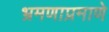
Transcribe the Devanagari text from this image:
भ्रमणाप्रमाणे